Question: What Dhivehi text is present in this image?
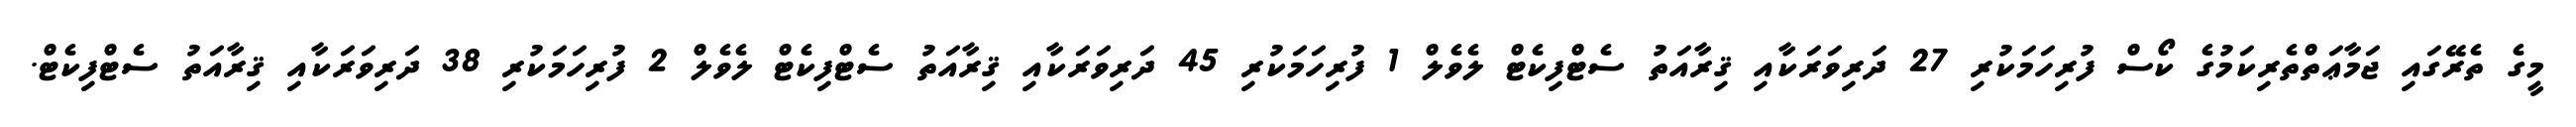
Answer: މީގެ ތެރޭގައި ޖަމާޢަތްތެރިކަމުގެ ކޯސް ފުރިހަމަކުރި 27 ދަރިވަރަކާއި ޤިރާއަތު ސެޓްފިކެޓް ލެވެލް 1 ފުރިހަމަކުރި 45 ދަރިވަރަކާއި ޤިރާއަތު ސެޓްފިކެޓް ލެވެލް 2 ފުރިހަމަކުރި 38 ދަރިވަރަކާއި ޤިރާއަތު ސެޓްފިކެޓް.